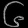
Digit: ၆